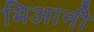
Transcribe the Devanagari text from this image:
मिआनी